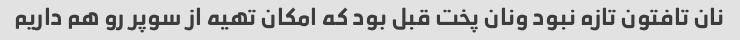
نان تافتون تازه نبود ونان پخت قبل بود که امکان تهیه از سوپر رو هم داریم